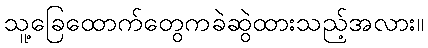
သူ့ခြေထောက်တွေကခဲဆွဲထားသည့်အလား။